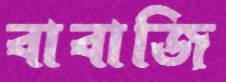
বাবাজি